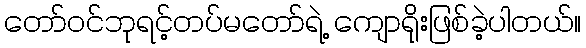
တော်ဝင်ဘုရင့်တပ်မတော်ရဲ့ ကျောရိုးဖြစ်ခဲ့ပါတယ်။